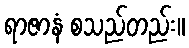
ရာဇာနံ စသည်တည်း။